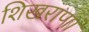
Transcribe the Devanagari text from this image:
शिखराणां